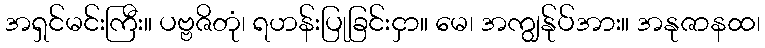
အရှင်မင်းကြီး။ ပဗ္ဗဇိတုံ၊ ရဟန်းပြုခြင်းငှာ။ မေ၊ အကျွန်ုပ်အား။ အနုဇာနထ၊